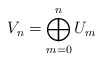
\begin{align*}V_n = \bigoplus\limits^n_{m=0} U_m\end{align*}